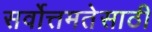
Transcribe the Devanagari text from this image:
सर्वोत्तमतेसाठी